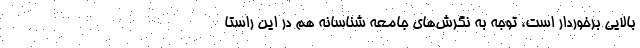
بالایی برخوردار است، توجه به نگرش‌های جامعه شناسانه هم در این راستا